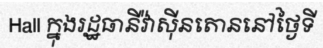
Hall ក្នុងរដ្ឋធានីវ៉ាស៊ីនតោននៅថ្ងៃទី